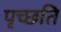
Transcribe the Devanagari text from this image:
पृच्छति